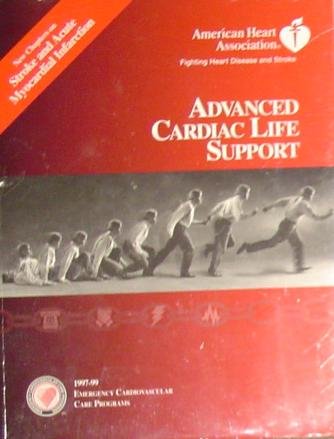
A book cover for Advanced Cardiac Life Support 1997-99, New Chapters on Stroke and Acute Myocardial Infarction. American Heart Association, Fighting Heart Disease and Stroke. Emergency Cardiovascular Care Programs.; American Heart Association; Health, Fitness & Dieting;